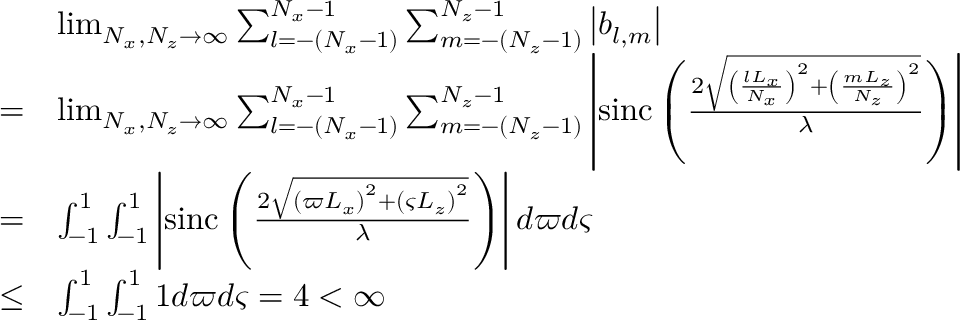
\begin{array} { r l } & { \operatorname* { l i m } _ { N _ { x } , N _ { z } \to \infty } \sum _ { l = - ( N _ { x } - 1 ) } ^ { N _ { x } - 1 } \sum _ { m = - ( N _ { z } - 1 ) } ^ { N _ { z } - 1 } \left| b _ { l , m } \right| } \\ { = } & { \operatorname* { l i m } _ { N _ { x } , N _ { z } \to \infty } \sum _ { l = - ( N _ { x } - 1 ) } ^ { N _ { x } - 1 } \sum _ { m = - ( N _ { z } - 1 ) } ^ { N _ { z } - 1 } \left| \mathrm { s i n c } \left( \frac { 2 \sqrt { \left( \frac { l L _ { x } } { N _ { x } } \right) ^ { 2 } + \left( \frac { m L _ { z } } { N _ { z } } \right) ^ { 2 } } } { \lambda } \right) \right| } \\ { = } & { \int _ { - 1 } ^ { 1 } \int _ { - 1 } ^ { 1 } \left| \mathrm { s i n c } \left( \frac { 2 \sqrt { \left( \varpi L _ { x } \right) ^ { 2 } + \left( \varsigma L _ { z } \right) ^ { 2 } } } { \lambda } \right) \right| d \varpi d \varsigma } \\ { \leq } & { \int _ { - 1 } ^ { 1 } \int _ { - 1 } ^ { 1 } 1 d \varpi d \varsigma = 4 < \infty } \end{array}